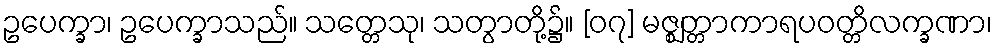
ဥပေက္ခာ၊ ဥပေက္ခာသည်။ သတ္တေသု၊ သတွာတို့၌။ [၀၇] မဇ္ဈတ္တာကာရပဝတ္တိလက္ခဏာ၊